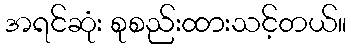
အရင်ဆုံး စုစည်းထားသင့်တယ်။